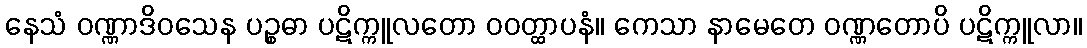
နေသံ ဝဏ္ဏာဒိဝသေန ပဉ္စဓာ ပဋိက္ကူလတော ဝဝတ္ထာပနံ။ ကေသာ နာမေတေ ဝဏ္ဏတောပိ ပဋိက္ကူလာ။